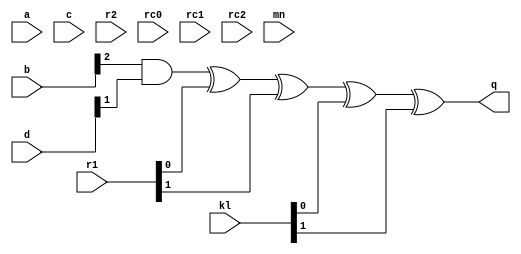
/*
* -----------------------------------------------------------------
* DOCUMENT: "Cryptanalysis of Efficient Masked Ciphers: Applications to Low Latency" (TCHES 2022, Issue 1)
* -----------------------------------------------------------------
*
* Copyright (c) 2021, Aein Rezaei Shahmirzadi
*
* All rights reserved.
*
* THIS SOFTWARE IS PROVIDED BY THE COPYRIGHT HOLDERS AND CONTRIBUTORS "AS IS" AND
* ANY EXPRESS OR IMPLIED WARRANTIES, INCLUDING, BUT NOT LIMITED TO, THE IMPLIED
* WARRANTIES OF MERCHANTABILITY AND FITNESS FOR A PARTICULAR PURPOSE ARE
* DISCLAIMED. IN NO EVENT SHALL THE COPYRIGHT HOLDER OR CONTRIBUTERS BE LIABLE FOR ANY
* DIRECT, INDIRECT, INCIDENTAL, SPECIAL, EXEMPLARY, OR CONSEQUENTIAL DAMAGES
* (INCLUDING, BUT NOT LIMITED TO, PROCUREMENT OF SUBSTITUTE GOODS OR SERVICES;
* LOSS OF USE, DATA, OR PROFITS; OR BUSINESS INTERRUPTION) HOWEVER CAUSED AND
* ON ANY THEORY OF LIABILITY, WHETHER IN CONTRACT, STRICT LIABILITY, OR TORT
* (INCLUDING NEGLIGENCE OR OTHERWISE) ARISING IN ANY WAY OUT OF THE USE OF THIS
* SOFTWARE, EVEN IF ADVISED OF THE POSSIBILITY OF SUCH DAMAGE.
*
* Please see LICENSE and README for license and further instructions.
*/

module CF(
    input [2:0] a,
    input [2:0] b,
    input [2:0] c,
    input [2:0] d,
    input [5:0] r1,
    input [5:0] r2,
    input [1:0] rc0,
    input [1:0] rc1,
    input [1:0] rc2,
	input [1:0] kl,
    input [1:0] mn,
    output q 
	 );
	 
	parameter num = 1;
	generate

		if(num==0) begin
			assign q = a[1] ^ b[1] & d[1]	^ rc0[0] 		^ kl[0];
		end                                                 
		if(num==1) begin                                    
			assign q = b[2] & d[1]			^ r1[0] ^ r1[1]	^ kl[0] ^ kl[1];
		end                                                 
		if(num==2) begin                                    
			assign q = b[1] & d[2]			^ r1[1] ^ r1[2]	^ kl[1];
		end
		
		if(num==3) begin
			assign q = a[2] ^ b[2] & d[2]	^ rc1[0]		^ kl[0];
		end		                                            
		if(num==4) begin                                    
			assign q = b[0] & d[2]			^ r1[2] ^ r1[3] ^ kl[0] ^ kl[1];
		end		                                            
		if(num==5) begin                                    
			assign q = b[2] & d[0]			^ r1[3] ^ r1[4] ^ kl[1];
		end		   

		if(num==6) begin
			assign q = a[0] ^ b[0] & d[0]	^ rc2[0]		^ kl[0];
		end		                                            
		if(num==7) begin                                    
			assign q = b[0] & d[1]			^ r1[4] ^ r1[5] ^ kl[0] ^ kl[1];
		end		                                            
		if(num==8) begin                                    
			assign q = b[1] & d[0]			^ r1[5] ^ r1[0] ^ kl[1];
		end		   



		if(num==9+0) begin
			assign q = b[1] ^ c[1] & d[1]	 ^ rc0[1]		^ mn[0];
		end                                                 
		if(num==9+1) begin                                  
			assign q = c[2] & d[1]			^ r2[0] ^ r2[1] ^ mn[0] ^ mn[1] ;
		end                                                 
		if(num==9+2) begin                                  
			assign q = c[1] & d[2]			^ r2[1] ^ r2[2] ^ mn[1];
		end
		
		if(num==9+3) begin
			assign q = b[2] ^ c[2] & d[2]	^ rc1[1]		^ mn[0];
		end		                                            
		if(num==9+4) begin                                  
			assign q = c[0] & d[2]			^ r2[2] ^ r2[3] ^ mn[0] ^ mn[1] ;
		end		                                            
		if(num==9+5) begin                                  
			assign q = c[2] & d[0]			^ r2[3] ^ r2[4] ^ mn[1];
		end		   

		if(num==9+6) begin
			assign q = b[0] ^ c[0] & d[0]	^ rc2[1]		^ mn[0];
		end		                                            
		if(num==9+7) begin                                  
			assign q = c[0] & d[1]			^ r2[4] ^ r2[5] ^ mn[0] ^ mn[1] ;
		end		                                            
		if(num==9+8) begin                                  
			assign q = c[1] & d[0]			^ r2[5] ^ r2[0] ^ mn[1];
		end



	endgenerate

endmodule